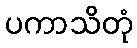
ပကာသိတုံ